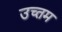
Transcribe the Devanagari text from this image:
उच्तम